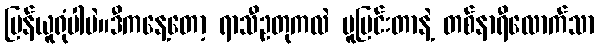
ပြန်ယူရုံပါပဲ။ဒီကနေ့တော့ ရာသီဥတုကလဲ ပူပြင်းတာနဲ့ တစ်နာရီလောက်သာ